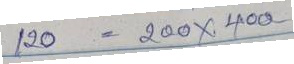
120 = 200x400